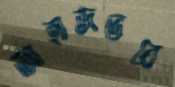
জাহাজভরে